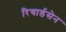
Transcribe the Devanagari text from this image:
रिचार्डसेन